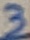
Text: 3